Civil Veterinary Dept. North-West Frontier Province 1923-32 - 1923-1932
Year: 1923
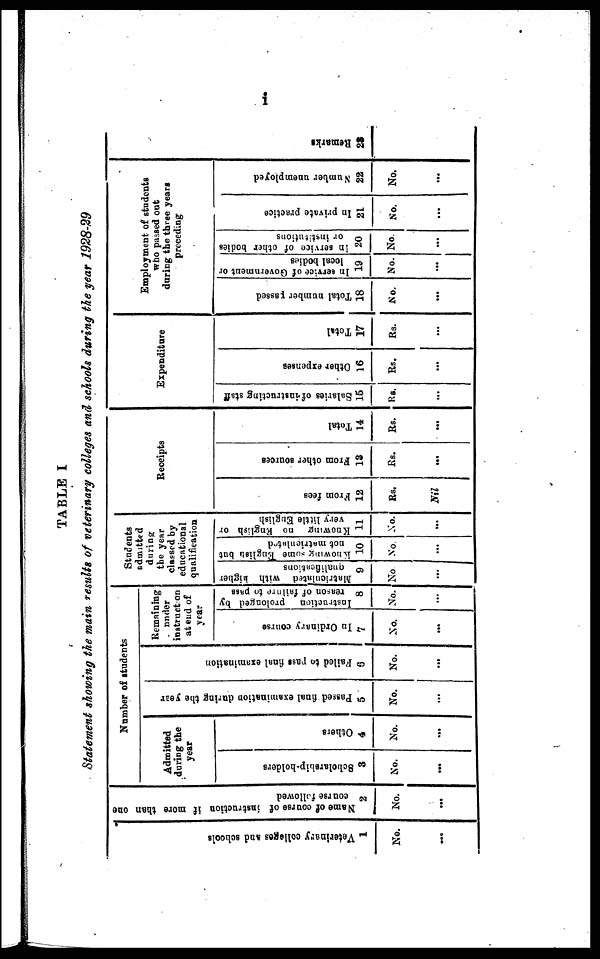
i
TABLE I
Statement showing the main results of veterinary colleges and schools during the year 1928-29
Veterinary colleges and schools
1
No.
...
Name of course of instruction if more than one
course followed
2
No.
...
Number of students
Admitted
during the
year
Scholarship-holders
3
No.
...
Others
4
No.
...
Passed final examination during the year
5
No.
...
Failed to pass final examination
6
No.
...
Remaining
under
instruct on
at end of
year
In Ordinary course
7
No.
...
Instruction prolonged by
reason of failure to page
8
No.
...
Students
admitted
during
the year
classed by
educational
qualification
Matriculated with higher
qualifications
9
No
...
Knowing some English but
not matriculated
10
No.
...
Knowing no English or
very little English
11
No.
...
Receipts
From fees
12
Rs.
Nil
From other sources
13
Rs.
...
Total
14
Rs.
...
Expenditure
Salaries of instructing staff
15
Rs.
...
Other expenses
16
Rs.
...
Total
17
Rs.
...
Employment of students
who passed out
during the three years
preceding
Total number passed
18
No.
...
In service of Government or
local bodies
19
No.
...
In service of other bodies
or institutions
20
No.
...
In private practice
21
No.
...
Number unemployed
22
No.
...
Remarks
28